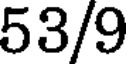
53/9